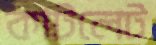
কাটলেট